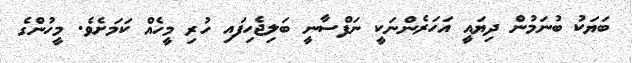
ބަޔަކު ބުނަމުން ދިޔައީ އަހަރެންނަކީ ނަފްސާނީ ބަލިޖެހިފައި ހުރި މީހެއް ކަމަށެވެ. މީހުންގެ